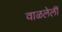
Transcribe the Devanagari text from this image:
वाळलेलीं